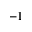
^ { - 1 }